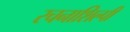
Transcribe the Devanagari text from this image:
रचनाशिल्पी